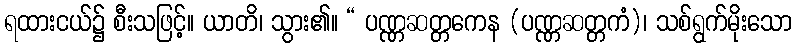
ရထားငယ်၌ စီးသဖြင့်။ ယာတိ၊ သွား၏။ “ ပဏ္ဏဆတ္တကေန (ပဏ္ဏဆတ္တကံ)၊ သစ်ရွက်မိုးသော